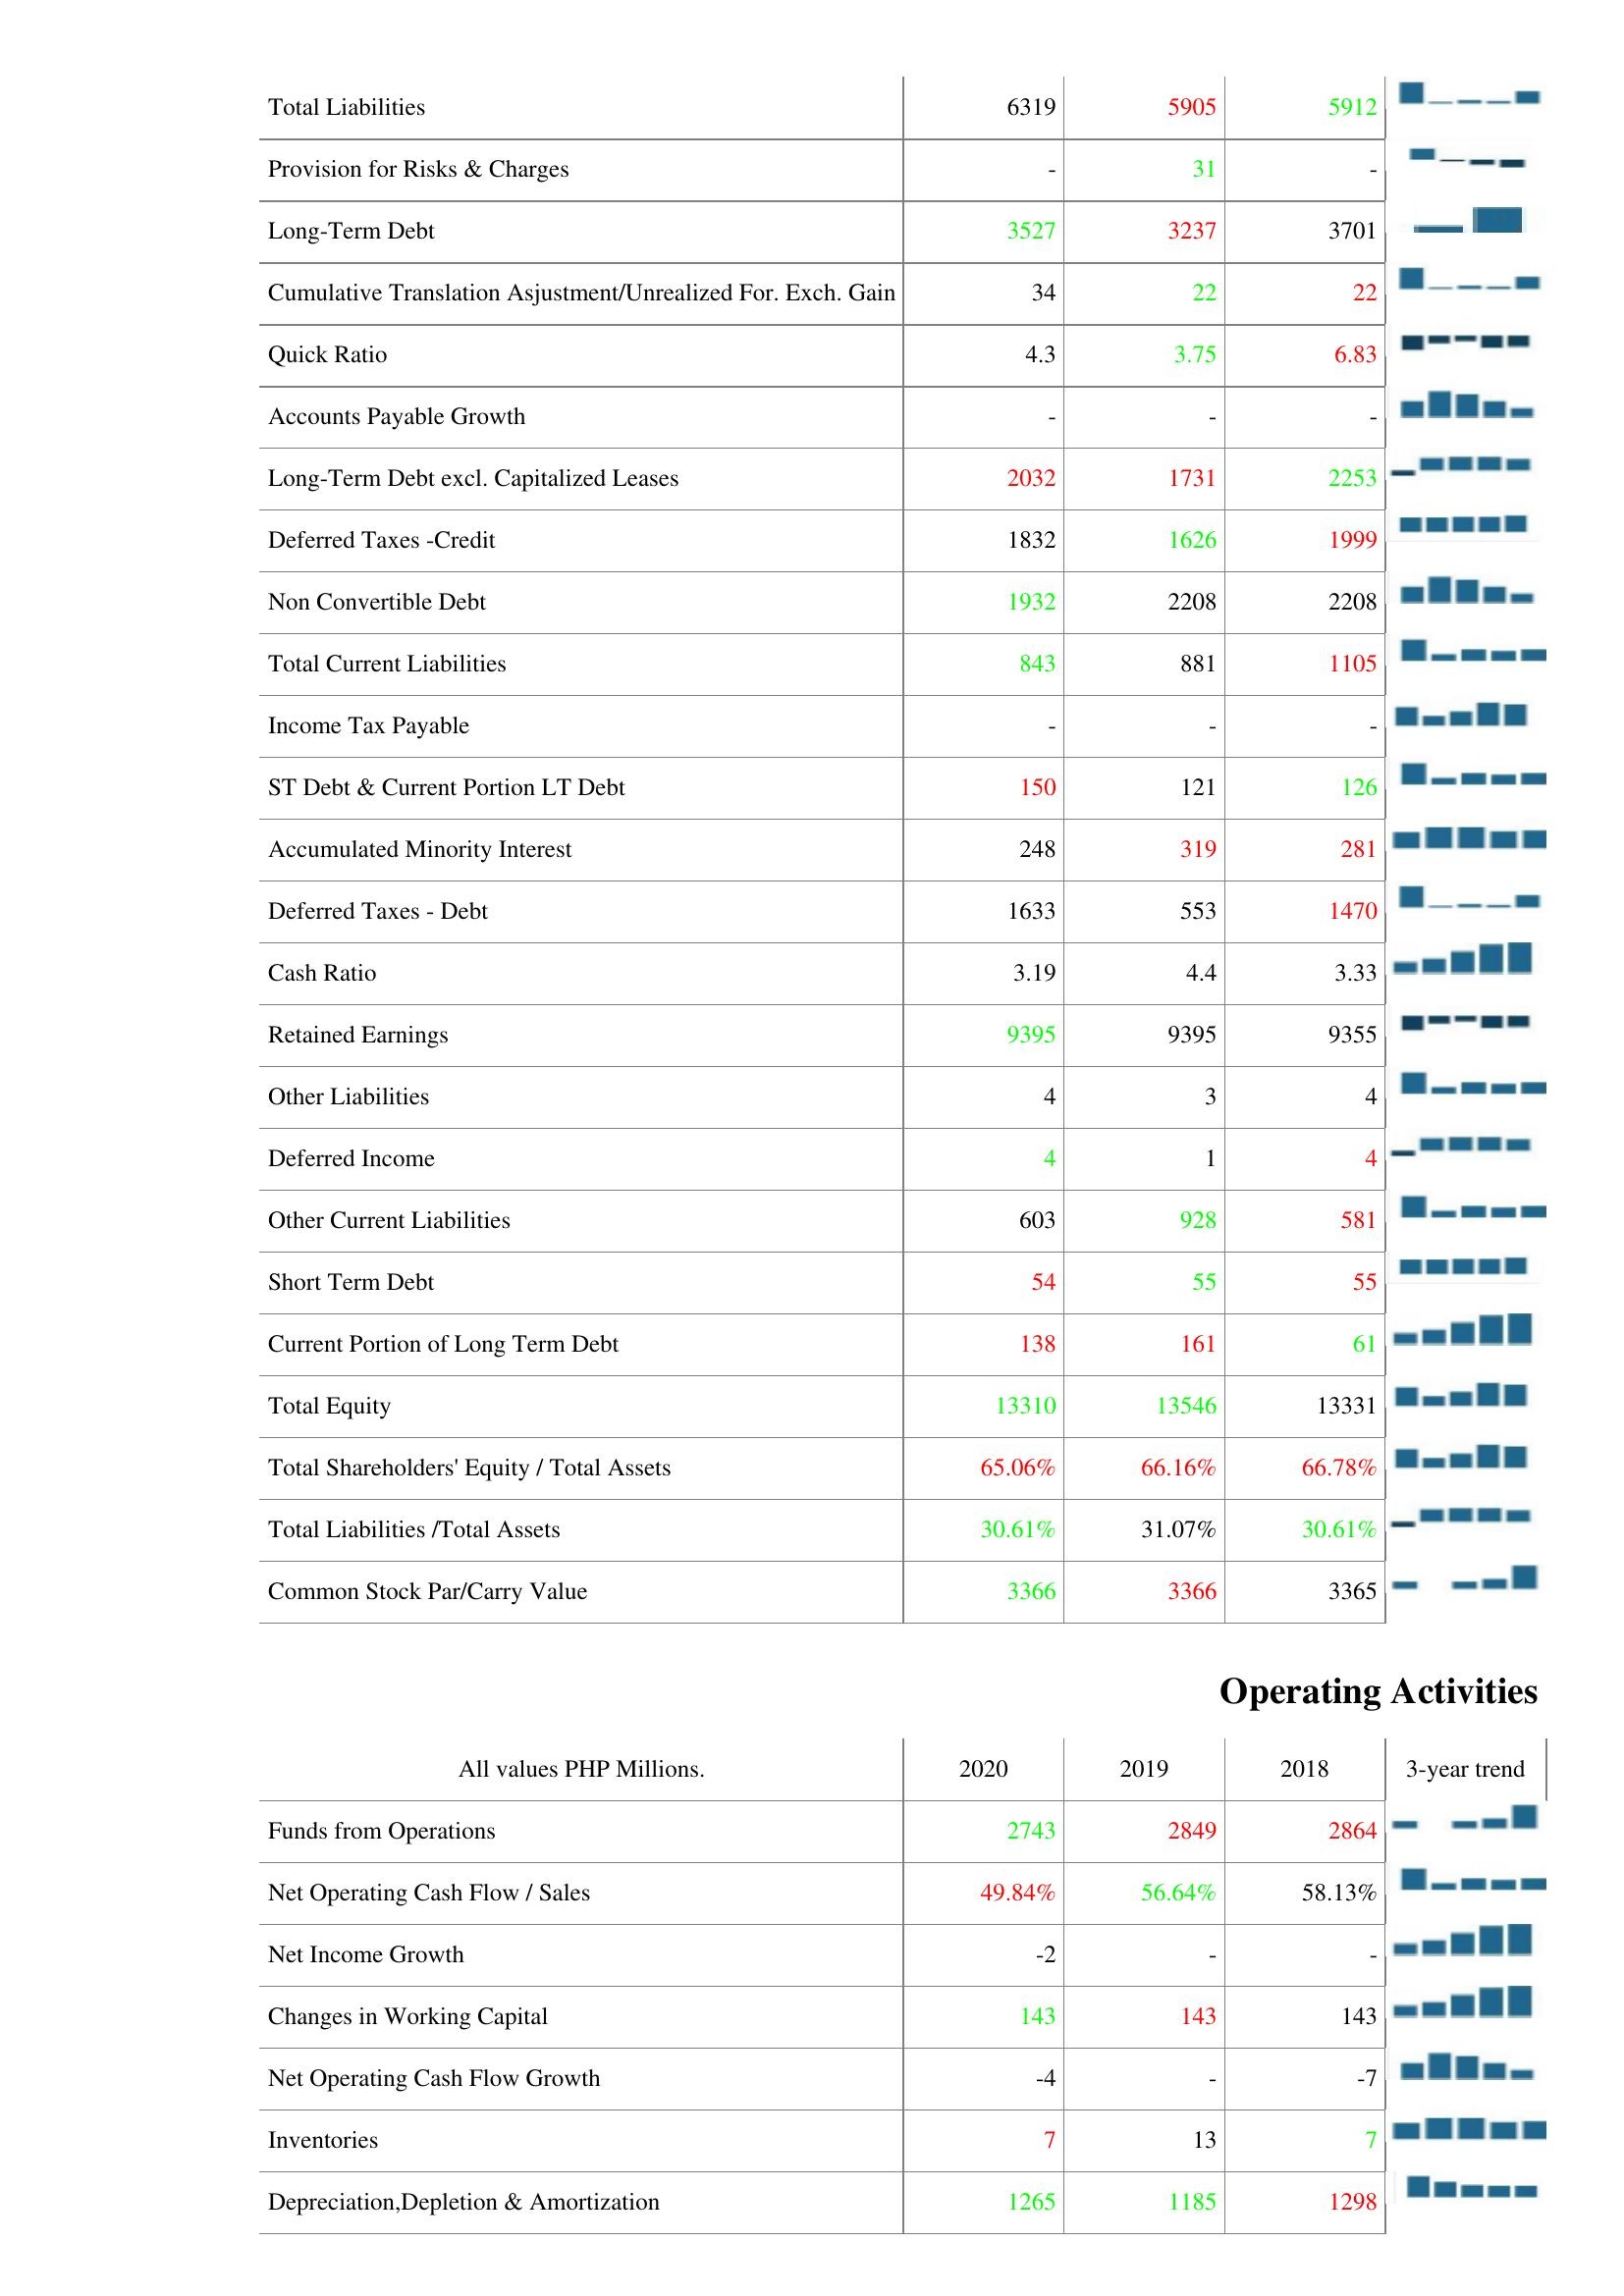
2020: Liabilities & Shareholder's Equity: Total Liabilities: 6319
Provision for Risks & Charges: -
Long-Term Debt: 3527
Cumulative Translation Asjustment/Unrealized For. Exch. Gain: 34
Quick Ratio: 4.3
Accounts Payable Growth: -
Long-Term Debt excl. Capitalized Leases: 2032
Deferred Taxes -Credit: 1832
Non Convertible Debt: 1932
Total Current Liabilities: 843
Income Tax Payable: -
ST Debt & Current Portion LT Debt: 150
Accumulated Minority Interest: 248
Deferred Taxes - Debt: 1633
Cash Ratio: 3.19
Retained Earnings: 9395
Other Liabilities: 4
Deferred Income: 4
Other Current Liabilities: 603
Short Term Debt: 54
Current Portion of Long Term Debt: 138
Total Equity: 13310
Total Shareholders' Equity / Total Assets: 65.06%
Total Liabilities /Total Assets: 30.61%
Common Stock Par/Carry Value: 3366
Operating Activities: Funds from Operations: 2743
Net Operating Cash Flow / Sales: 49.84%
Net Income Growth: -2
Changes in Working Capital: 143
Net Operating Cash Flow Growth: -4
Inventories: 7
Depreciation,Depletion & Amortization: 1265
2019: Liabilities & Shareholder's Equity: Total Liabilities: 5905
Provision for Risks & Charges: 31
Long-Term Debt: 3237
Cumulative Translation Asjustment/Unrealized For. Exch. Gain: 22
Quick Ratio: 3.75
Accounts Payable Growth: -
Long-Term Debt excl. Capitalized Leases: 1731
Deferred Taxes -Credit: 1626
Non Convertible Debt: 2208
Total Current Liabilities: 881
Income Tax Payable: -
ST Debt & Current Portion LT Debt: 121
Accumulated Minority Interest: 319
Deferred Taxes - Debt: 553
Cash Ratio: 4.4
Retained Earnings: 9395
Other Liabilities: 3
Deferred Income: 1
Other Current Liabilities: 928
Short Term Debt: 55
Current Portion of Long Term Debt: 161
Total Equity: 13546
Total Shareholders' Equity / Total Assets: 66.16%
Total Liabilities /Total Assets: 31.07%
Common Stock Par/Carry Value: 3366
Operating Activities: Funds from Operations: 2849
Net Operating Cash Flow / Sales: 56.64%
Net Income Growth: -
Changes in Working Capital: 143
Net Operating Cash Flow Growth: -
Inventories: 13
Depreciation,Depletion & Amortization: 1185
2018: Liabilities & Shareholder's Equity: Total Liabilities: 5912
Provision for Risks & Charges: -
Long-Term Debt: 3701
Cumulative Translation Asjustment/Unrealized For. Exch. Gain: 22
Quick Ratio: 6.83
Accounts Payable Growth: -
Long-Term Debt excl. Capitalized Leases: 2253
Deferred Taxes -Credit: 1999
Non Convertible Debt: 2208
Total Current Liabilities: 1105
Income Tax Payable: -
ST Debt & Current Portion LT Debt: 126
Accumulated Minority Interest: 281
Deferred Taxes - Debt: 1470
Cash Ratio: 3.33
Retained Earnings: 9355
Other Liabilities: 4
Deferred Income: 4
Other Current Liabilities: 581
Short Term Debt: 55
Current Portion of Long Term Debt: 61
Total Equity: 13331
Total Shareholders' Equity / Total Assets: 66.78%
Total Liabilities /Total Assets: 30.61%
Common Stock Par/Carry Value: 3365
Operating Activities: Funds from Operations: 2864
Net Operating Cash Flow / Sales: 58.13%
Net Income Growth: -
Changes in Working Capital: 143
Net Operating Cash Flow Growth: -7
Inventories: 7
Depreciation,Depletion & Amortization: 1298